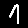
Digit: 1